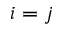
i = j